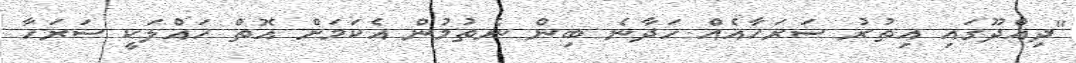
"ދިއްދޫގައި އިތުރު ސަރަހާއެއް ހަދާނެ ބިން ނެތުމުން އެކަމަށް އޮތް ހައްލަކީ ސަރަހާ